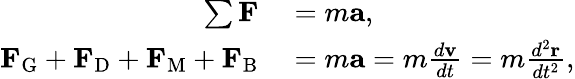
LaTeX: \begin{array}{rl}{\sum\mathbf{F}}&{{}=m\mathbf{a},}\\ {\mathbf{F}_{\mathrm{G}}+\mathbf{F}_{\mathrm{D}}+\mathbf{F}_{\mathrm{M}}+\mathbf{F}_{\mathrm{B}}}&{{}=m\mathbf{a}=m{\frac{d\mathbf{v}}{dt}}=m{\frac{d^{2}\mathbf{r}}{dt^{2}}},}\end{array}